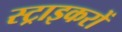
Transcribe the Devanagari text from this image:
स्ट्राइकरों